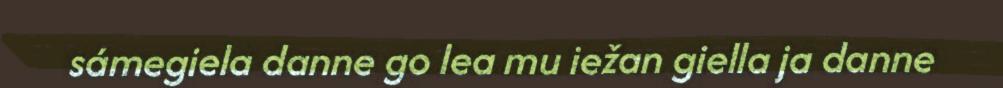
sámegiela danne go lea mu iežan giella ja danne